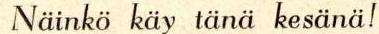
Näinkö käy tänä kesänä!